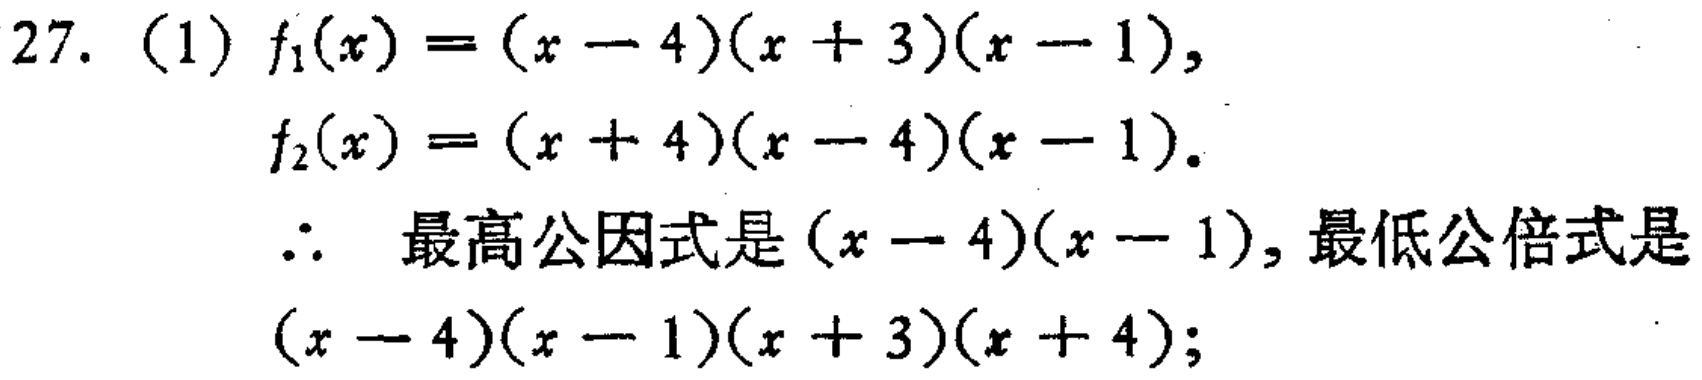
27. (1) \(f_1(x)=(x - 4)(x + 3)(x - 1)\),

\(f_2(x)=(x + 4)(x - 4)(x - 1)\).

\(\therefore\) 最高公因式是\((x - 4)(x - 1)\), 最低公倍式是\((x - 4)(x - 1)(x + 3)(x + 4)\);